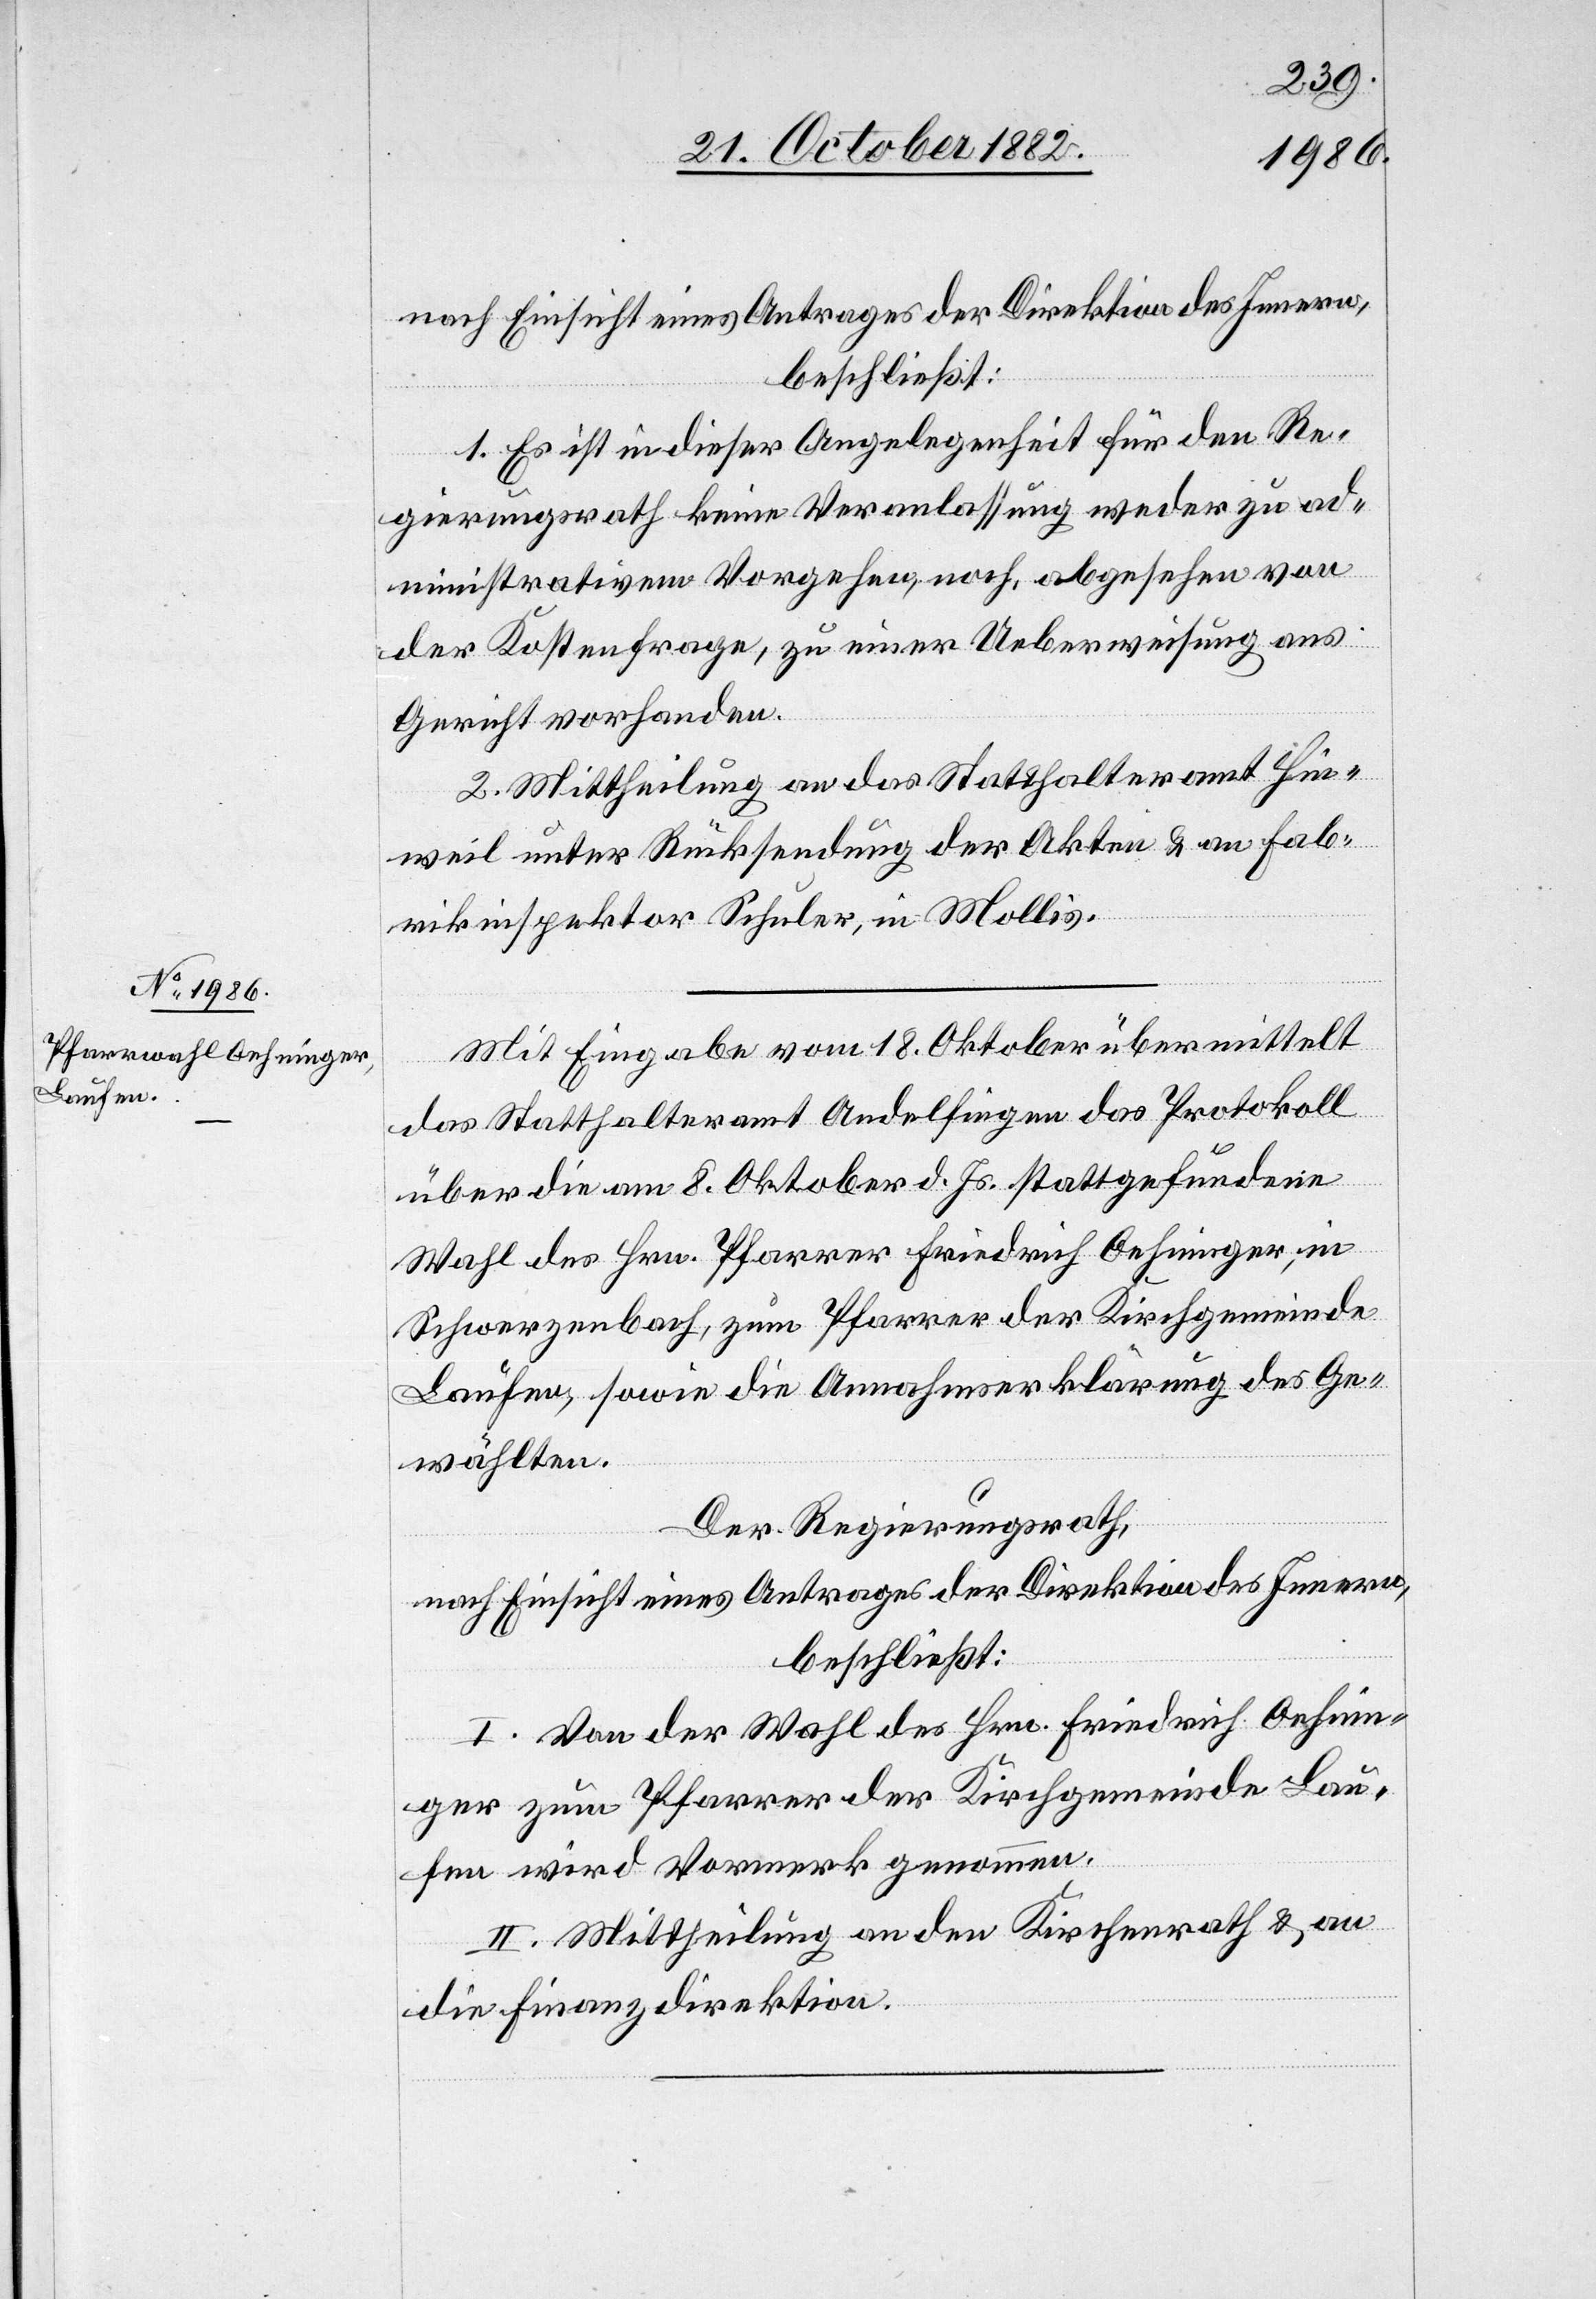
nach Einsicht eines Antrages der Direktion des Innern,
beschließt:
1. Es ist in dieser Angelegenheit für den Re¬
gierungsrath keine Veranlassung weder zu ad¬
ministrativem Vorgehen, noch, abgesehen von
der Kostenfrage, zu einer Ueberweisung ans
Gericht vorhanden.
2. Mittheilung an das Statthalteramt Hin¬
weil unter Rücksendung der Akten & an Fab¬
rikinspektor Schuler, in Mollis.
Mit Eingabe vom 18. Oktober übermittelt
das Statthalteramt Andelfingen das Protokoll
über die am 8. Oktober d. Js. stattgefundene
Wahl des Hrn. Pfarrer Friedrich Oehninger, in
Schwerzenbach, zum Pfarrer der Kirchgemeinde
Laufen, sowie die Annahmserklärung des Ge¬
wählten.
Der Regierungsrath,
nach Einsicht eines Antrages der Direktion des Innern,
beschließt:
I. Von der Wahl des Hrn. Friedrich Oehnin¬
ger zum Pfarrer der Kirchgemeinde Lau¬
fen wird Vormerk genommen.
II. Mittheilung an den Kirchenrath & an
die Finanzdirektion.